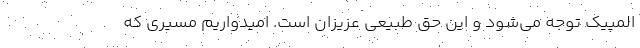
المپیک توجه می‌شود و این حق طبیعی عزیزان است. امیدواریم مسیری که